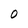
Character: O